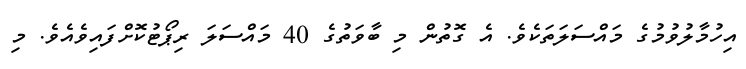
އިހުމާލުވުމުގެ މައްސަލަތަކެވެ. އެ ގޮތުން މި ބާވަތުގެ 40 މައްސަލަ ރިޕޯޓުކޮށްފައިވެއެވެ. މި